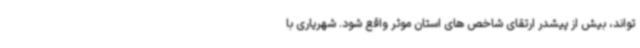
تواند، بیش از پیشدر ارتقای شاخص های استان موثر واقع شود. شهریاری با